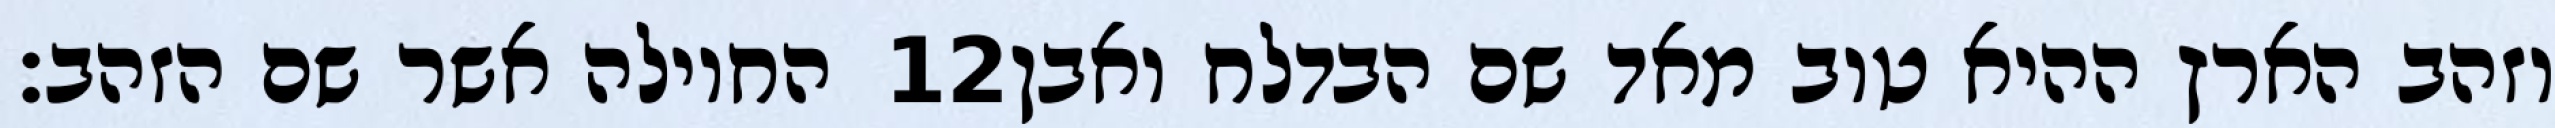
החוילה אשר שם הזהב׃ ‎12‏ וזהב הארץ ההיא טוב מאד שם הבדלח ואבן